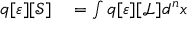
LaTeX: \begin{array} { r l } { q [ \varepsilon ] [ { \mathcal { S } } ] } & { { } = \int q [ \varepsilon ] [ { \mathcal { L } } ] d ^ { n } x } \end{array}